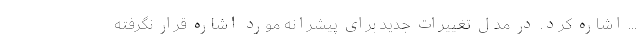
... اشاره کرد. در مدل تغییرات جدید برای پیشرانه مورد اشاره قرار نگرفته